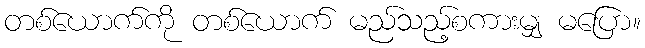
တစ်ယောက်ကို တစ်ယောက် မည်သည့်စကားမျှ မပြော။